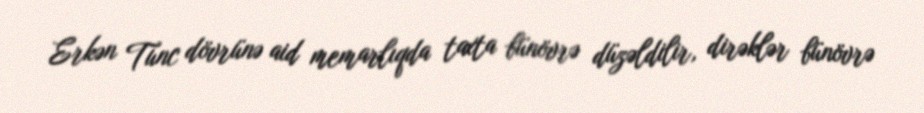
Erkən Tunc dövrünə aid memarlıqda taxta bünövrə düzəldilir, dirəklər bünövrə